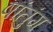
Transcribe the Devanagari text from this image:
षांतुंग